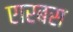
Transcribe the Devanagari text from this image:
एारबस